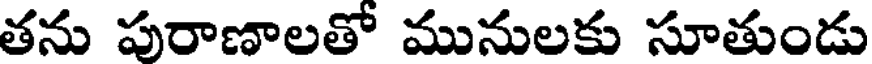
తను పురాణాలతో మునులకు సూతుండు